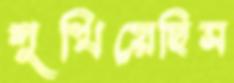
শুখিয়েছিস